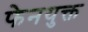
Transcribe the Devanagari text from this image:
फेनयुक्त